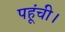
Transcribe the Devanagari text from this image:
पहूंची।